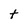
Character: t